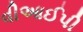
વીઆઈપી